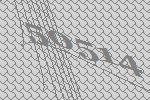
50514